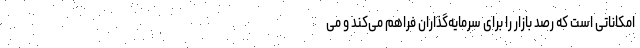
امکاناتی است که رصد بازار را برای سرمایه‌گذاران فراهم می‌کند و می